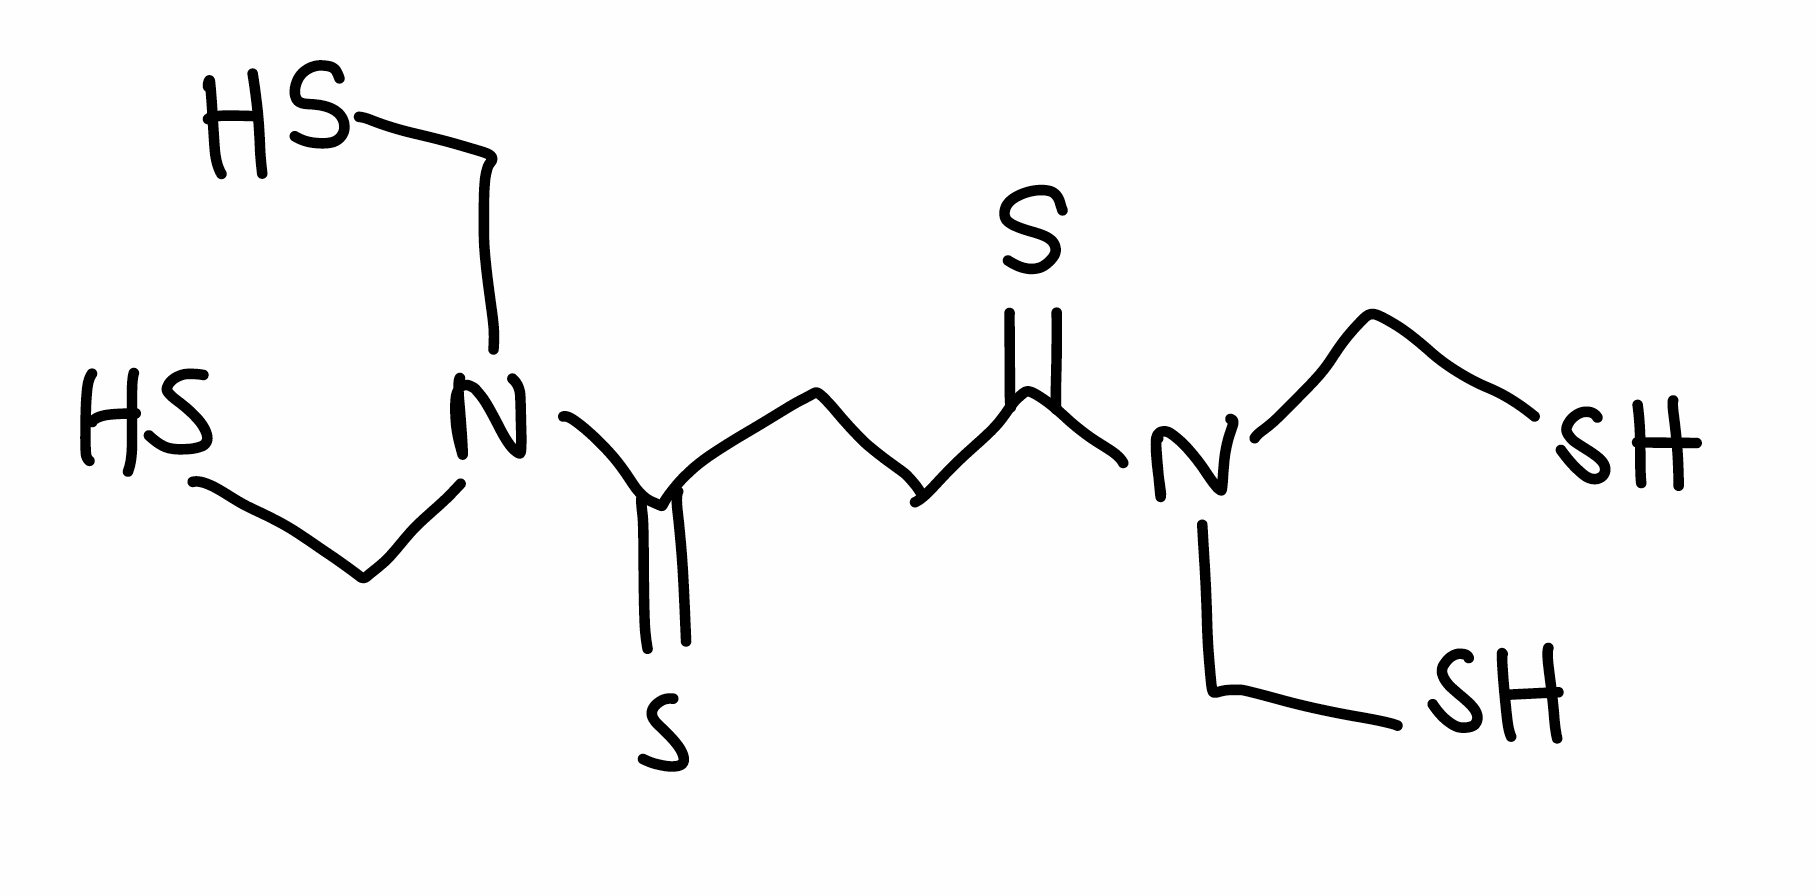
Simplified molecular-input line-entry system (SMILES) notation of the given molecule:
C(CC(=S)N(CS)CS)C(=S)N(CS)CS